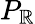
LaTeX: P_{\mathbb{R}}